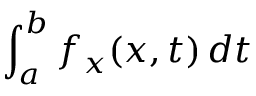
\int _ { a } ^ { b } f _ { x } ( x , t ) \, d t